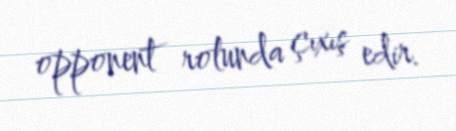
opponent rolunda çıxış edir.